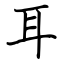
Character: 耳